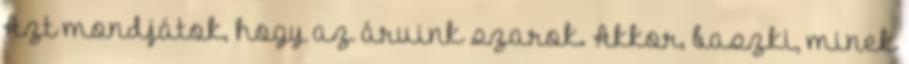
Azt mondjátok, hogy az áruink szarok. Akkor, baszki, minek